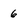
Character: 6